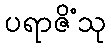
ပရာဇိံသု